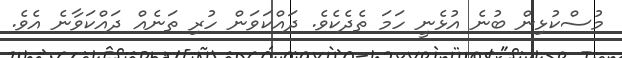
މުސްކުޅިން ބުނެ އުޅެނީ ހަމަ ތެދެކެވެ. ދައްކަވަން ހުރި ތަނެއް ދައްކަވާނެ އެވެ.